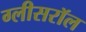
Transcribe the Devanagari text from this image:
ग्लीसरॉल